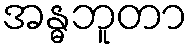
အန္ဓဘူတာ